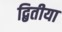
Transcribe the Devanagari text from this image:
द्बितीया